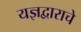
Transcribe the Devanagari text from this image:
यज्ञद्वाराचे